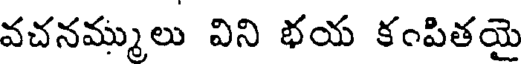
వచనమ్ములు విని భయ కంపితయై